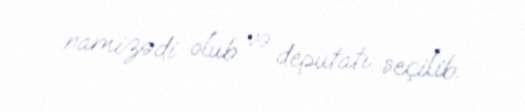
namizədi olub və deputatı seçilib.